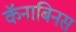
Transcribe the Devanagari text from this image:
कॅनाबिनस